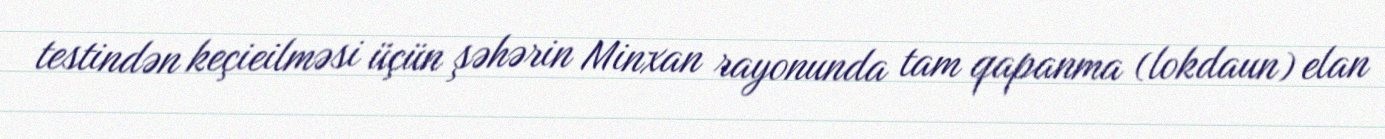
testindən keçieilməsi üçün şəhərin Minxan rayonunda tam qapanma (lokdaun) elan